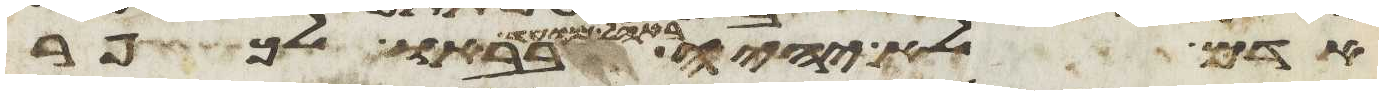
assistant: אדם לא יהיה באהל מועד בבאו לכפר